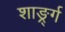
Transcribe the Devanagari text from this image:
शार्ङ्र्ग